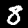
Label: 8